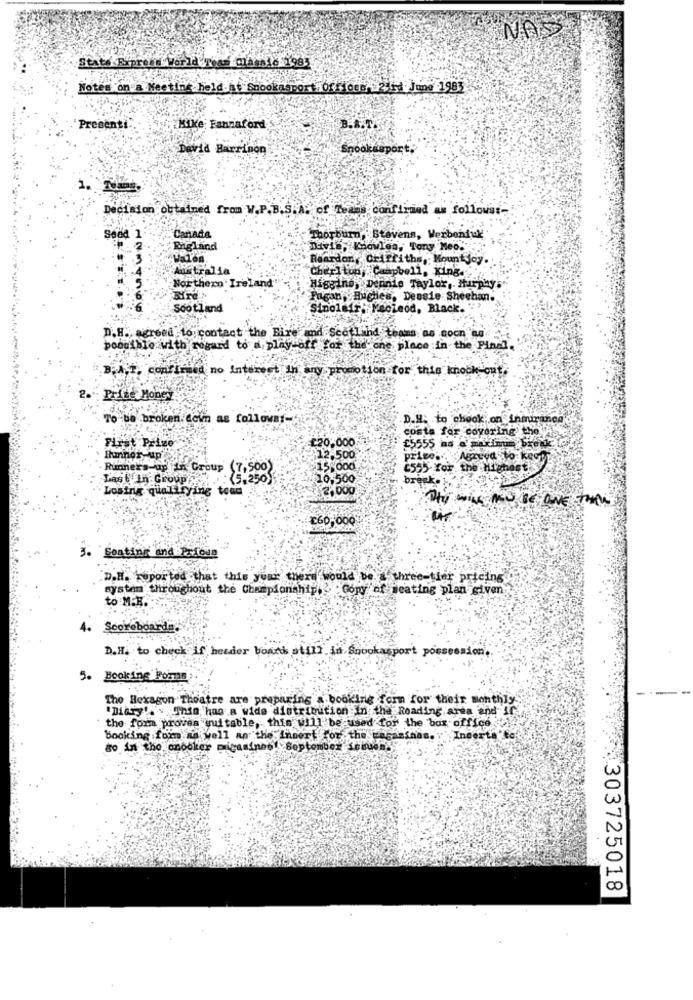
State Ripress World Team Classic 1983
Notes on"a Meeting held at Shookasport Officed .23rd June 1983
Presenti:
Kike: Fanniaford
B.A.T.
David Barrinon
Decision obtained from W.P.B.S.A. of Teams conflivied as followst-
Canada
Thorburn, Stevens, Werbenfux
Seed 1
2
Bigland
Davis, Knowles, Tony Meo ..
Valen
Reardon, Griffiths, Mount Joy.
Australia
Charlton,Campbell, King.
Northern Ireland
Higgins, Dennis Taylor, Murphy
Pagan, Buches. Densie Sheehan.
Scotland
Sinolafr : Pecleod, Black. ">
D.H. agreed to contact the Bire and Scotland teams as soon no
poouible with regard to a play-off for the one place in the Final.
B.A.T, confimed no Interest In any promotion for this knock-out.
Prize Money
To be broken. Loin as followsf-
.D.H. to check on inmirance
costa far covering the
£20,000
First Prize
£5555 as a maximum break
12.500
price ... Agreed to keep
Runners-up th Group (7,500)
15,000
1555 Yor the Highdet
Last In Group (5.250)
10,500
break ..
Losing qualifying toad
2,000
The WILL NOW BE DONE THINK
260,000
3. Seating and Prfous"
D.H. reported that this your there would be a three-tier pricing
system throughout the Championship, . . Copy of seating plan given
to :M.R.
4.
Scoreboarda.
D.H. to check if hetder boank still in Snookasport possession ..
5. Booking Forne
The Hexagon Theatre are preparing a booking form for their monthly
"Diary' .* This has a wide distribution in the Roading area and if
* the form proves suitable, this will be used for the box office
booking form as well an the insert for the wagazinas.Inderth'to
do in the cnocker magasines! Septonbez semuda.
303725018